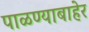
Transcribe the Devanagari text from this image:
पाळण्याबाहेर